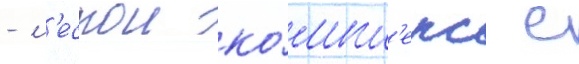
- л'еснои ко́мпл'екс с